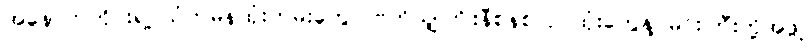
အနောက်တိုင်းရဲ့ သံတမန်ထုံးတမ်းတွေ၊ ဗြိတိသျှကြိုးနီစနစ်လုပ်ထုံးတွေနဲ့ မင်းကြီးတို့အဖွဲ့